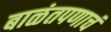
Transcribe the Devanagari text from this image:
बाळंतपणाचं